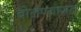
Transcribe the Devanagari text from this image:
बोलण्यागत